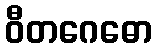
ဝီတဂေဓော